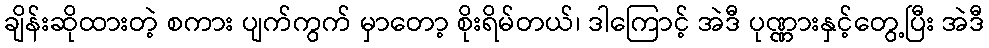
ချိန်းဆိုထားတဲ့ စကား ပျက်ကွက် မှာတော့ စိုးရိမ်တယ်၊ ဒါကြောင့် အဲဒီ ပုဏ္ဏားနှင့်တွေ့ပြီး အဲဒီ